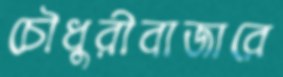
চৌধুরীবাজারে